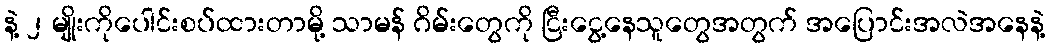
နဲ့ ၂ မျိုးကိုပေါင်းစပ်ထားတာမို့ သာမန် ဂိမ်းတွေကို ငြီးငွေ့နေသူတွေအတွက် အပြောင်းအလဲအနေနဲ့